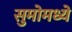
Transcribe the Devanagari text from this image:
सुमोमध्ये